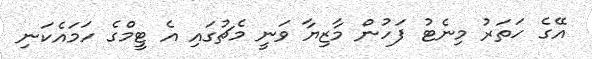
އޭގެ ހަތަރު މިނެޓު ފަހުން މާޒިޔާ ވަނީ މެޗުގައި އެ ޓީމްގެ ހަމައެކަނި